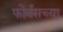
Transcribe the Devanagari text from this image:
फोर्बसच्या